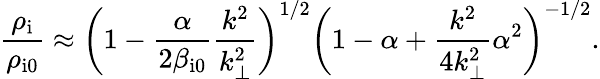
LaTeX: \frac{\rho_{\mathrm{i}}}{\rho_{\mathrm{i0}}}\approx\biggl(1-\frac{\alpha}{2\beta_{\mathrm{i0}}}\frac{k^{2}}{k_{\perp}^{2}}\biggr)^{1/2}\biggl(1-\alpha+\frac{k^{2}}{4k_{\perp}^{2}}\alpha^{2}\biggr)^{-1/2}.